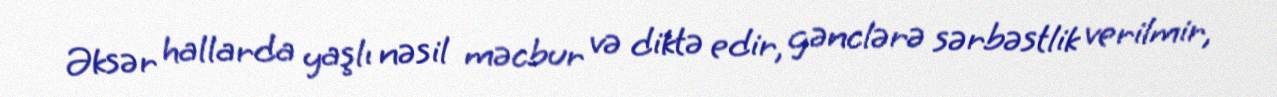
Əksər hallarda yaşlı nəsil məcbur və diktə edir, gənclərə sərbəstlik verilmir,